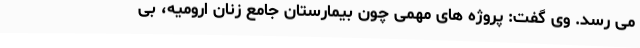
می رسد. وی گفت: پروژه های مهمی چون بیمارستان جامع زنان ارومیه، بی